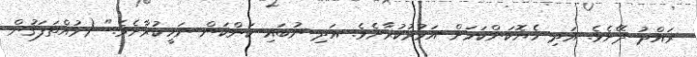
ރައްދު ދޭށެވެ. އަދި ހެޔޮކަންކަމަށް އަމުރުކުރާށެވެ. އަދި ނުބައި ކަންކަން ނަހީކުރާށެވެ." (މުއްތަފަޤުން